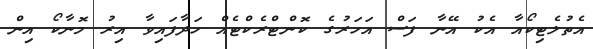
އެތުލެޓިކޯއާ އެކު އޭނާ ފަސް އަހަރުގެ ކޮންޓްރެކްޓެއް ހަދާފައިވާ އިރު މޮނާކޯ އިން